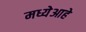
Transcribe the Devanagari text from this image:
मध्येआहे